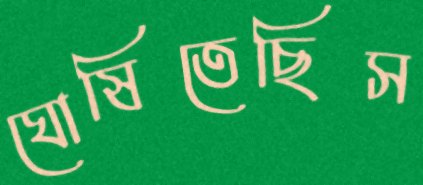
ঘোষিতেছিস